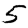
Digit: 5